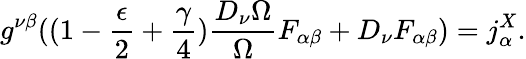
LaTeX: g^{\nu\beta}((1-\frac{\epsilon}{2}+\frac{\gamma}{4})\frac{D_{\nu}\Omega}{\Omega}F_{\alpha\beta}+D_{\nu}F_{\alpha\beta})=j_{\alpha}^{X}.